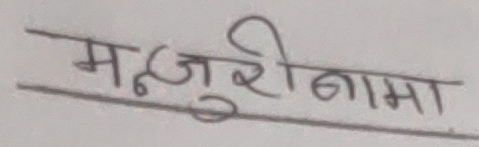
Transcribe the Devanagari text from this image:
मन्जुरीनामा